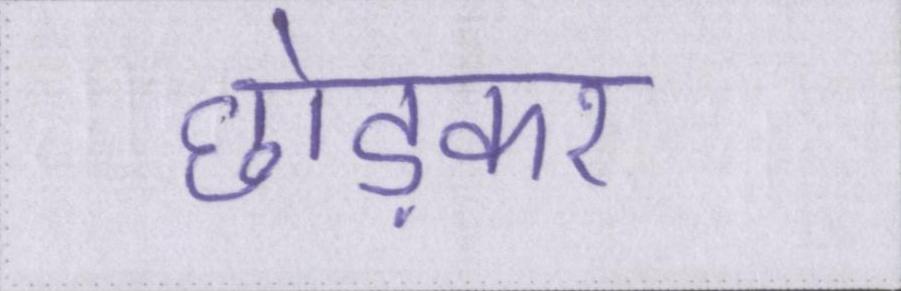
छोड़कर